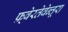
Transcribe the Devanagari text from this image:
फ़्वेरतेवेन्तूरा